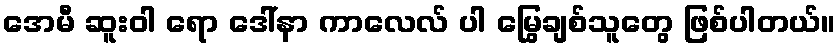
အေမီ ဆူးဝါ ရော ဒေါ်နာ ကာလေလ် ပါ မြွေချစ်သူတွေ ဖြစ်ပါတယ်။